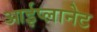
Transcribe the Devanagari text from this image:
आईप्लानेट